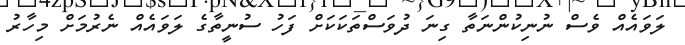
ލަވައެއް ވެސް ނުނިކުންނަތާ ގިނަ ދުވަސްތަކަކަށް ފަހު ސުނީތާގެ ލަވައެއް ނެރުމަށް މިހާރު